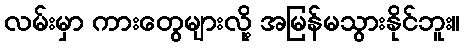
လမ်းမှာ ကားတွေများလို့ အမြန်မသွားနိုင်ဘူး။